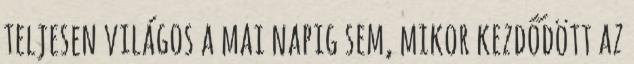
teljesen világos a mai napig sem, mikor kezdődött az